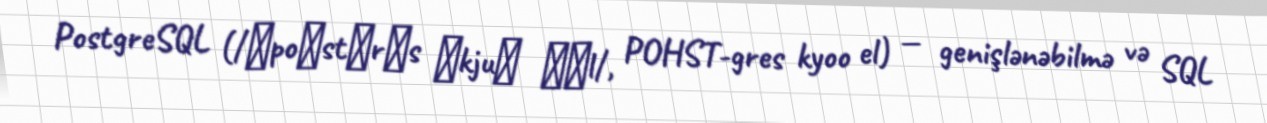
PostgreSQL (/ˈpoʊstɡrɛs ˌkjuː ˈɛl/, POHST-gres kyoo el) — genişlənəbilmə və SQL